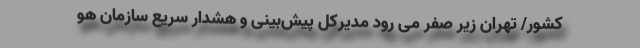
کشور/ تهران زیر صفر می رود مدیرکل پیش‌بینی و هشدار سریع سازمان هو